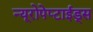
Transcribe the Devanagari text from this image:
न्यूरोपेप्टाईड्स